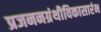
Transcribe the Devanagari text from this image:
प्रजननग्रंथीविकासारंभ